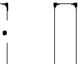
: